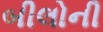
બીલોની